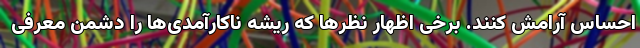
احساس آرامش کنند. برخی اظهار نظرها که ریشه ناکارآمدی‌ها را دشمن معرفی